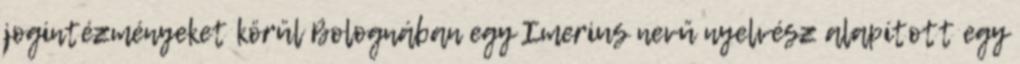
jogintézményeket körül Bolognában egy Imerius nevű nyelvész alapított egy